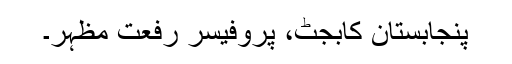
پنجابستان کابجٹ، پروفیسر رفعت مظہر۔